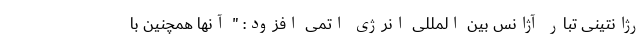
رژانتینی تبار آژانس بین المللی انرژی اتمی افزود: " آنها همچنین با